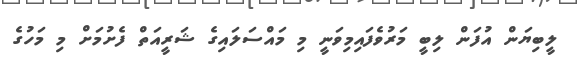
ލީބިޔަން އުފަން ލިބީ މަރުވެފައިމިވަނީ މި މައްސަލައިގެ ޝަރީއަތް ފެށުމަށް މި މަހުގެ